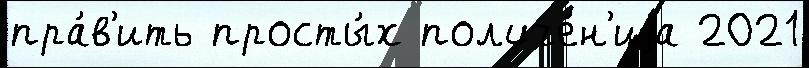
пра́в'ить просты́х получе́н'иjа 2021